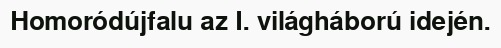
Homoródújfalu az I. világháború idején.